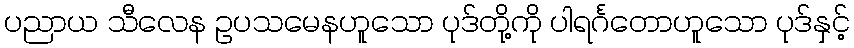
ပညာယ သီလေန ဥပသမေနဟူသော ပုဒ်တို့ကို ပါရင်္ဂတောဟူသော ပုဒ်နှင့်